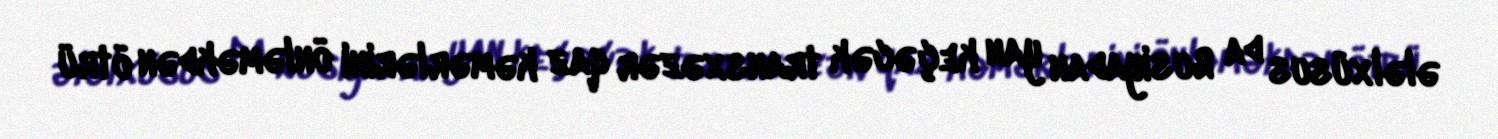
ələlxüsus da Rusiyadan yan keçəcək transxəzər qaz kəmərlərini önləməkdən ötrü